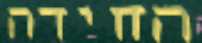
החידה